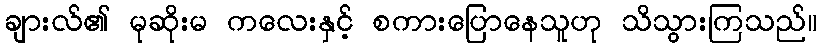
ချားလ်၏ မုဆိုးမ ကလေးနှင့် စကားပြောနေသူဟု သိသွားကြသည်။